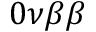
0 \nu \beta \beta